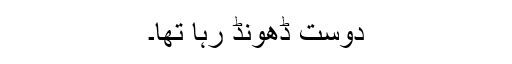
دوست ڈھونڈ رہا تھا۔